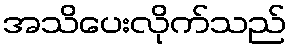
အသိပေးလိုက်သည်